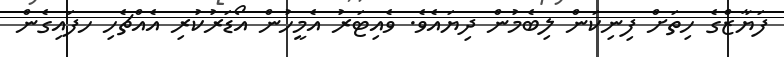
ފަޔާޒްގެ ހިތަށް ފިނިކަން ލިބެމުން ދިޔައެވެ. ވެއިޓަރު އެމީހުން އޯޑަރުކުރި އެއްޗެހި ހފައިގެން